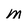
Character: m